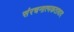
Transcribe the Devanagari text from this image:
संरचनात्मकतावाद